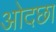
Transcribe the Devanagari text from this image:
ओदछा